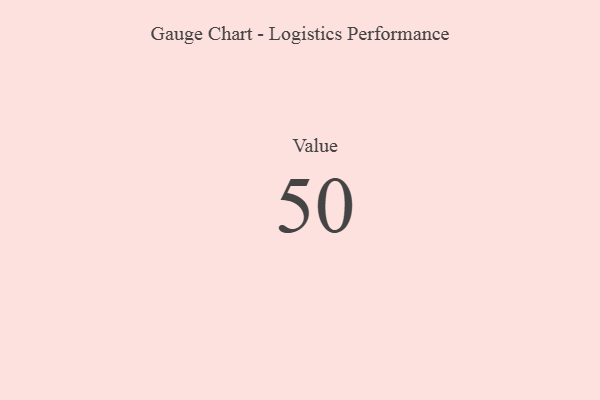
{"axis": {"x": "Metric", "y": "Value"}, "legend": [""], "data": [{"x": "Value", "y": 50, "type": ""}]}